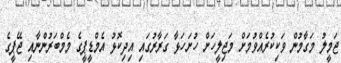
ޖަމީލު މަގާމުން ވަކިކުރެއްވުމަށް މަޖިލީހަށް ހުށަހަޅާ ގަރާރުގައި އިދިކޮޅު އެމްޑީޕީގެ މެމްބަރުންނާއި ޖޭޕީގެ